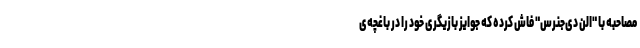
مصاحبه با "الن دی‌جنرس" فاش کرده که جوایز بازیگری خود را در باغچه‌ی